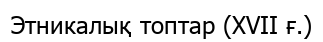
Этникалық топтар (XVII ғ.)